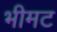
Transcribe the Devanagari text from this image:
भीमट